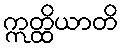
ဣတ္ထိယာတိ